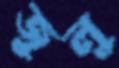
জুলু